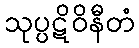
သုပ္ပဋိဝိနီတံ